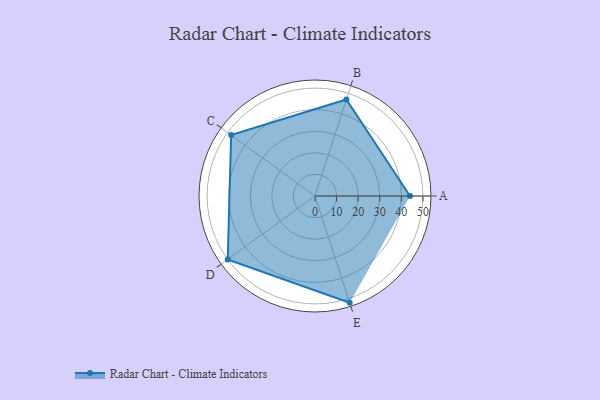
{"axis": {"x": "Skill", "y": "Score"}, "legend": ["Profile"], "data": [{"x": "A", "y": 44.0, "type": "Profile"}, {"x": "B", "y": 47.0, "type": "Profile"}, {"x": "C", "y": 48.0, "type": "Profile"}, {"x": "D", "y": 50.0, "type": "Profile"}, {"x": "E", "y": 52.0, "type": "Profile"}]}